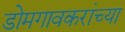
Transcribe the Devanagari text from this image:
डोमगावकरांच्या